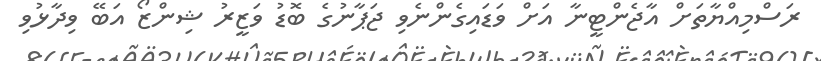
ރަސްމިއްޔާތަށް އާޖެންޓީނާ އަށް ވަޑައިގެންނެވި ޖަޕާނުގެ ބޮޑު ވަޒީރު ޝިންޒޯ އަބޭ ވިދާޅުވި